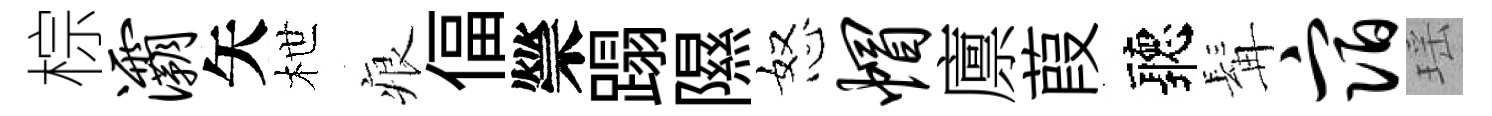
棕灞矢枻痕偪禜蹋隰怒帽廪葭聽髯宿瑶